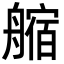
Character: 䑿